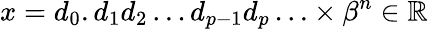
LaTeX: x=d_{0}.d_{1}d_{2}\ldots d_{p-1}d_{p}\ldots\times\beta^{n}\in\mathbb{R}